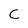
Character: C